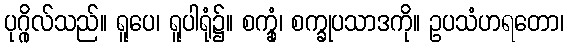
ပုဂ္ဂိုလ်သည်။ ရူပေ၊ ရူပါရုံ၌။ စက္ခုံ၊ စက္ခုပသာဒကို။ ဥပသံဟရတော၊